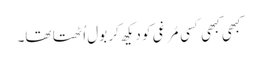
کبھی کبھی کسی مُرغی کو دیکھ کر بول اُٹھتا تھا۔